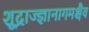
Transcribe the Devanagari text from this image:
शूद्राज्ज्ञानागमश्चैव